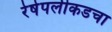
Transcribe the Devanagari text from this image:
रेषेपलीकडचा